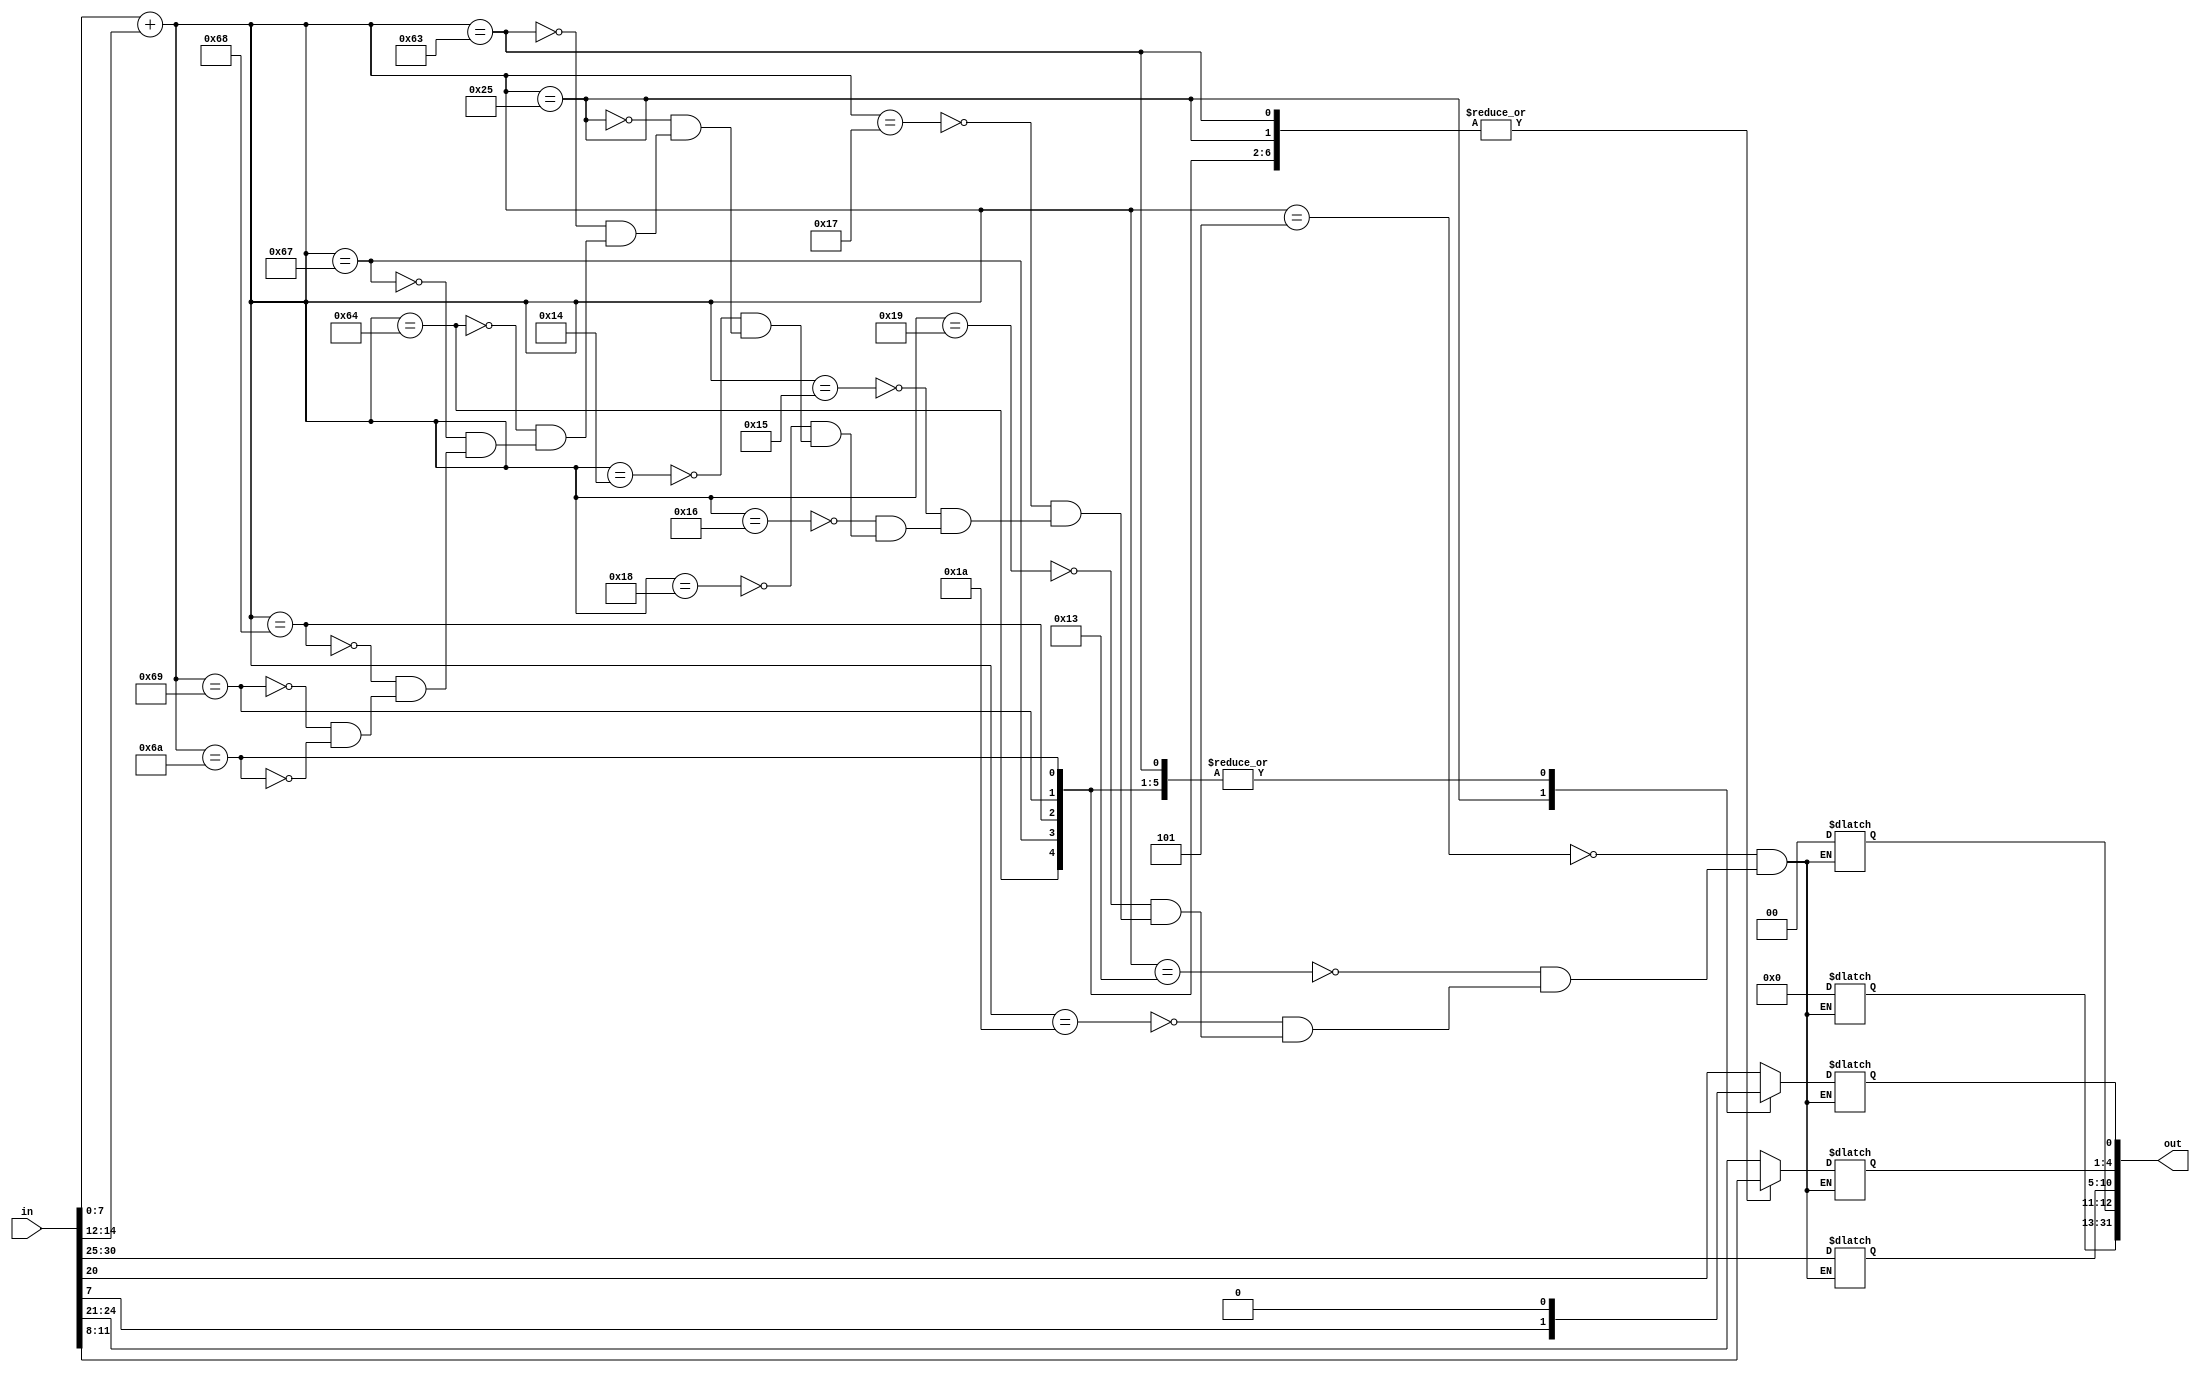
`timescale 1ns / 1ps
//////////////////////////////////////////////////////////////////////////////////
// Company: 
// Engineer: 
// 
// Design Name: 
// Module Name: imm_gen
// Project Name: 
// Target Devices: 
// Tool Versions: 
// Description: 
// 
// Dependencies: 
// 
// Revision:
// Revision 0.01 - File Created
// Additional Comments:
// 
//////////////////////////////////////////////////////////////////////////////////


module imm_gen(
    input[31:0] in,
    output reg[31:0] out
    );
    
    always @(in)
    begin
        case (in[7:0] + in[14:12])
            5: begin //LW //I-TYPE
                    out[31:10] = in[31];
                    out[10:5] = in[30:25];
                    out[4:1] = in[24:21];
                    out[0] = in[20];
               end
            19: begin //ADDI
                    out[31:10] = in[31];
                    out[10:5] = in[30:25];
                    out[4:1] = in[24:21];
                    out[0] = in[20];            
                end
            26: begin //ANDI
                    out[31:10] = in[31];
                    out[10:5] = in[30:25];
                    out[4:1] = in[24:21];
                    out[0] = in[20];  
                end
            25: begin //ORI
                    out[31:10] = in[31];
                    out[10:5] = in[30:25];
                    out[4:1] = in[24:21];
                    out[0] = in[20]; 
                end
            23: begin //XORI
                    out[31:10] = in[31];
                    out[10:5] = in[30:25];
                    out[4:1] = in[24:21];
                    out[0] = in[20];
                end
            21: begin //SLTI
                    out[31:10] = in[31];
                    out[10:5] = in[30:25];
                    out[4:1] = in[24:21];
                    out[0] = in[20]; 
                end
            22: begin //SLTIU
                    out[31:10] = in[31];
                    out[10:5] = in[30:25];
                    out[4:1] = in[24:21];
                    out[0] = in[20]; 
                end
            24: begin //SRLI/SRAI
                    out[31:10] = in[31];
                    out[10:5] = in[30:25];
                    out[4:1] = in[24:21];
                    out[0] = in[20]; 
                end
            20: begin //SLLI
                    out[31:10] = in[31];
                    out[10:5] = in[30:25];
                    out[4:1] = in[24:21];
                    out[0] = in[20]; 
                end
            37: begin //SW S-TYPE
                    out[31:10] = in[31];
                    out[10:5] = in[30:25];
                    out[4:1] = in[11:8];
                    out[0] = in[7]; 
                end
            99: begin //BEQ B-TYPE
                    out[31:12] = in[31];
                    out[12:10] = in[7];
                    out[10:5] = in[30:25];
                    out[4:1] = in[11:8];
                    out[0] = 0; 
                end
            100: begin //BNE
                    out[31:12] = in[31];
                    out[12:10] = in[7];
                    out[10:5] = in[30:25];
                    out[4:1] = in[11:8];
                    out[0] = 0; 
                 end
            103: begin //BLT
                    out[31:12] = in[31];
                    out[12:10] = in[7];
                    out[10:5] = in[30:25];
                    out[4:1] = in[11:8];
                    out[0] = 0; 
                 end
            104: begin //BGE
                    out[31:12] = in[31];
                    out[12:10] = in[7];
                    out[10:5] = in[30:25];
                    out[4:1] = in[11:8];
                    out[0] = 0; 
                 end
            105: begin //BLTU
                    out[31:12] = in[31];
                    out[12:10] = in[7];
                    out[10:5] = in[30:25];
                    out[4:1] = in[11:8];
                    out[0] = 0; 
                 end
            106: begin //BGEU
                    out[31:12] = in[31];
                    out[12:10] = in[7];
                    out[10:5] = in[30:25];
                    out[4:1] = in[11:8];
                    out[0] = 0; 
                 end
        endcase         
    end
    
endmodule